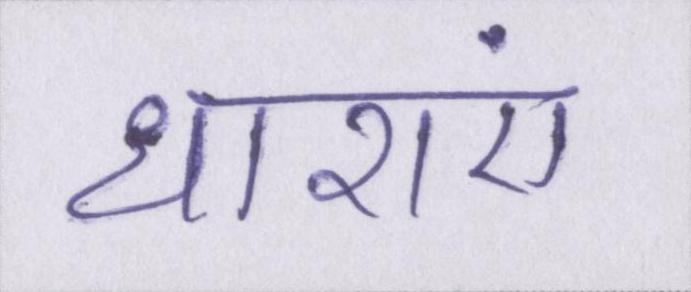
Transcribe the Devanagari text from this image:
धाराएं